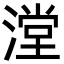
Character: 漟